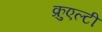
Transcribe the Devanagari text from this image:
क्रुएल्टी